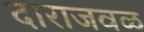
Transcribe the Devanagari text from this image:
दाराजवळ